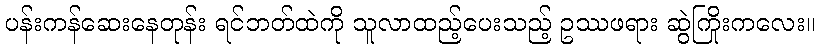
ပန်းကန်ဆေးနေတုန်း ရင်ဘတ်ထဲကို သူလာထည့်ပေးသည့် ဥဿဖရား ဆွဲကြိုးကလေး။